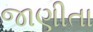
જાણીતા